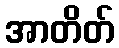
အာတိတ်